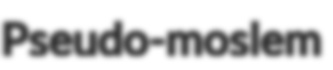
Pseudo-moslem